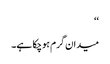
‘‘
میدان گرم ہوچکا ہے۔